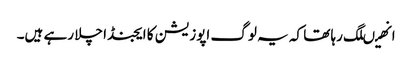
انھیںلگ رہا تھا کہ یہ لوگ اپوزیشن کا ایجنڈا چلا رہے ہیں۔